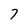
Character: 7